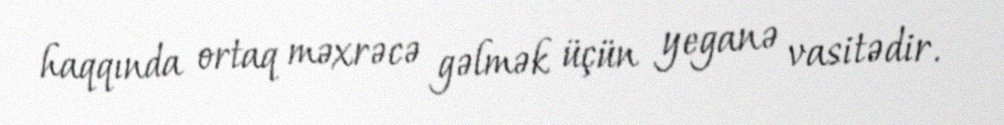
haqqında ortaq məxrəcə gəlmək üçün yeganə vasitədir.